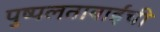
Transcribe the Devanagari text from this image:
पुष्पलताबाईंची